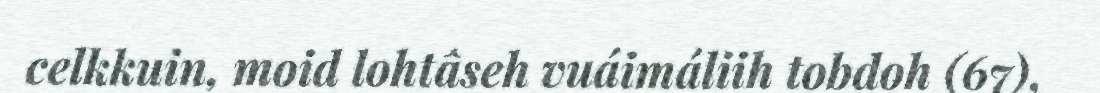
celkkuin, moid lohtâseh vuáimáliih tobdoh (67),